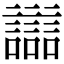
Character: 𧭛